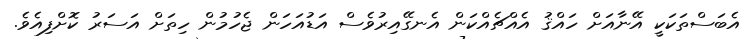
އެބަސްތަކަކީ އޭނާއަށް ހައްޤު އެއްޗެއްކަން އެނގޭއިރުވެސް އަޑުއަހަން ޖެހުމުން ހިތަށް އަސަރު ކޮށްފިއެވެ.